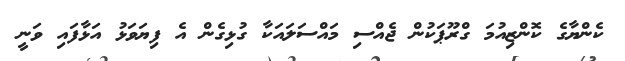
ކެންޔާގެ ކޮންޒިއުމަ ގްރޫޕަކުން ޖެއްސި މައްސަލައަކާ ގުޅިގެން އެ ފިޔަވަޅު އަޅާފައި ވަނީ